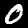
Label: 0